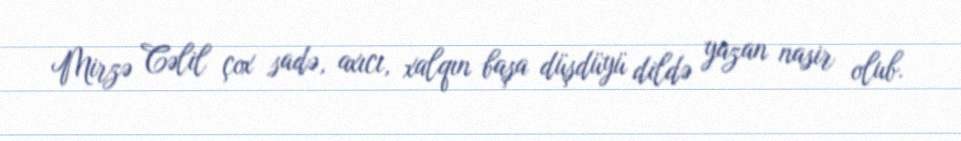
Mirzə Cəlil çox sadə, axıcı, xalqın başa düşdüyü dildə yazan nasir olub.